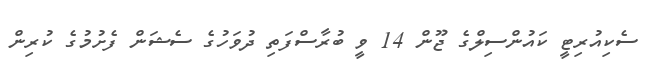
ސެކިއުރިޓީ ކައުންސިލްގެ ޖޫން 14 ވީ ބުރާސްފަތި ދުވަހުގެ ސެޝަން ފެށުމުގެ ކުރިން